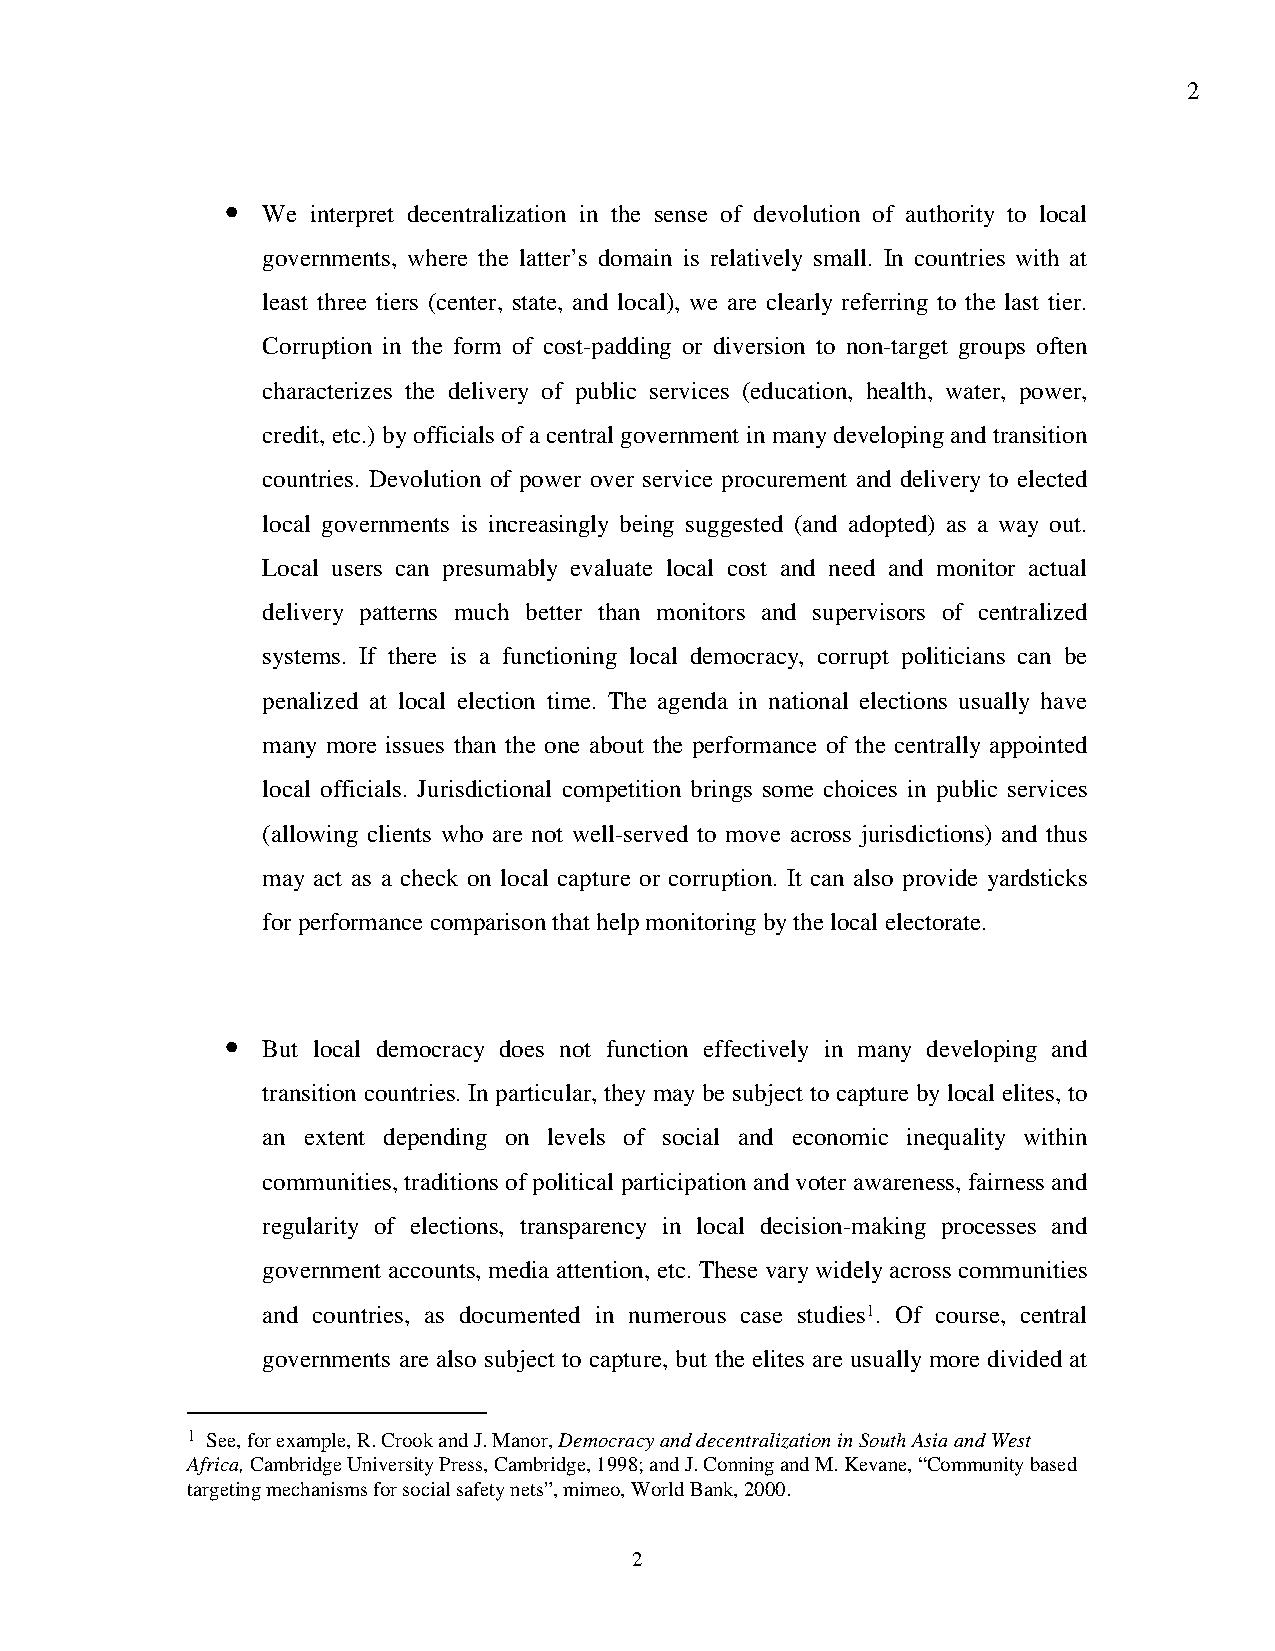
2
 • We  interpret decentralization in the sense of devolution of authority to local
 governments, where the latter’s domain is relatively small. In countries with at
 least three tiers (center, state, and local), we are clearly referring to the last tier.
 Corruption in the form of cost-padding or diversion to non-target groups often
 characterizes the delivery of public services (education, health, water, power,
 credit, etc.) by officials of a central government in many developing and transition
 countries. Devolution of power over service procurement and delivery to elected
 local governments is increasingly being suggested (and adopted) as a way out.
 Local users can presumably evaluate local cost and need and monitor actual
 delivery patterns much better than monitors and supervisors of centralized
 systems. If there is a functioning local democracy, corrupt politicians can be
 penalized at local election time. The agenda in national elections usually have
 many more issues than the one about the performance of the centrally appointed
 local officials. Jurisdictional competition brings some choices in public services
 (allowing clients who are not well-served to move across jurisdictions) and thus
 may act as a check on local capture or corruption. It can also provide yardsticks
 for performance comparison that help monitoring by the local electorate.
 • But local democracy does not function effectively in many developing and
 transition countries. In particular, they may be subject to capture by local elites, to
 an extent depending on levels of social and economic inequality within
 communities, traditions of political participation and voter awareness, fairness and
 regularity of elections, transparency in local decision-making processes and
 government accounts, media attention, etc. These vary widely across communities
 and countries, as documented in numerous case studies1. Of course, central
 governments are also subject to capture, but the elites are usually more divided at
 1 See, for example, R. Crook and J. Manor, Democracy and decentralization in South Asia and West
 Africa, Cambridge University Press, Cambridge, 1998; and J. Conning and M. Kevane, “Community based
 targeting mechanisms for social safety nets”, mimeo, World Bank, 2000.
 2